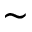
\sim